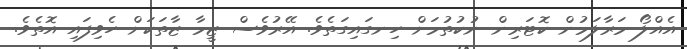
އެއްލޯ މަރާލަމުން ކޮޓަރިން ނުކުތުމަށް ހިނގައިގަތެވެ. އޭރުވެސް ޒީމާ ޒާތަކަށް ހެވިފައި އޮތެވެ.